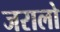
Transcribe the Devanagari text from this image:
जरालो